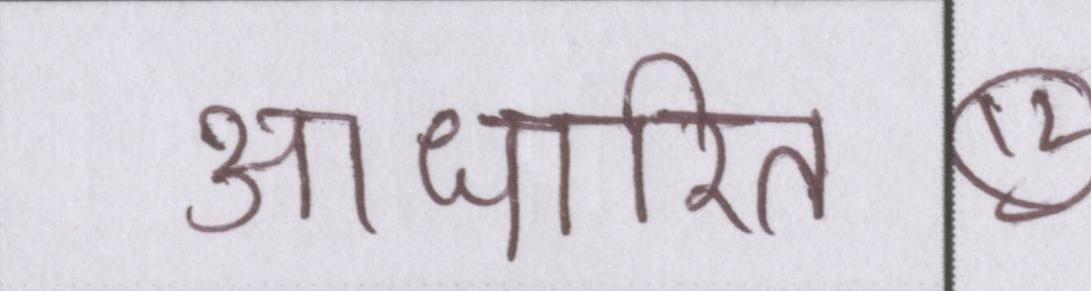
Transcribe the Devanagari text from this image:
आधारित